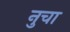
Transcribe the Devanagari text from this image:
नुचा